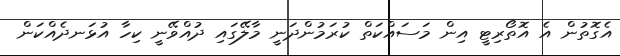
އެގޮތުން އެ އޮތޯރިޓީ އިން މަސައްކަތް ކުރަމުންދަނީ މާލޭގައި ދުއްވޭނީ ކިހާ އުޅަނދެއްކަން